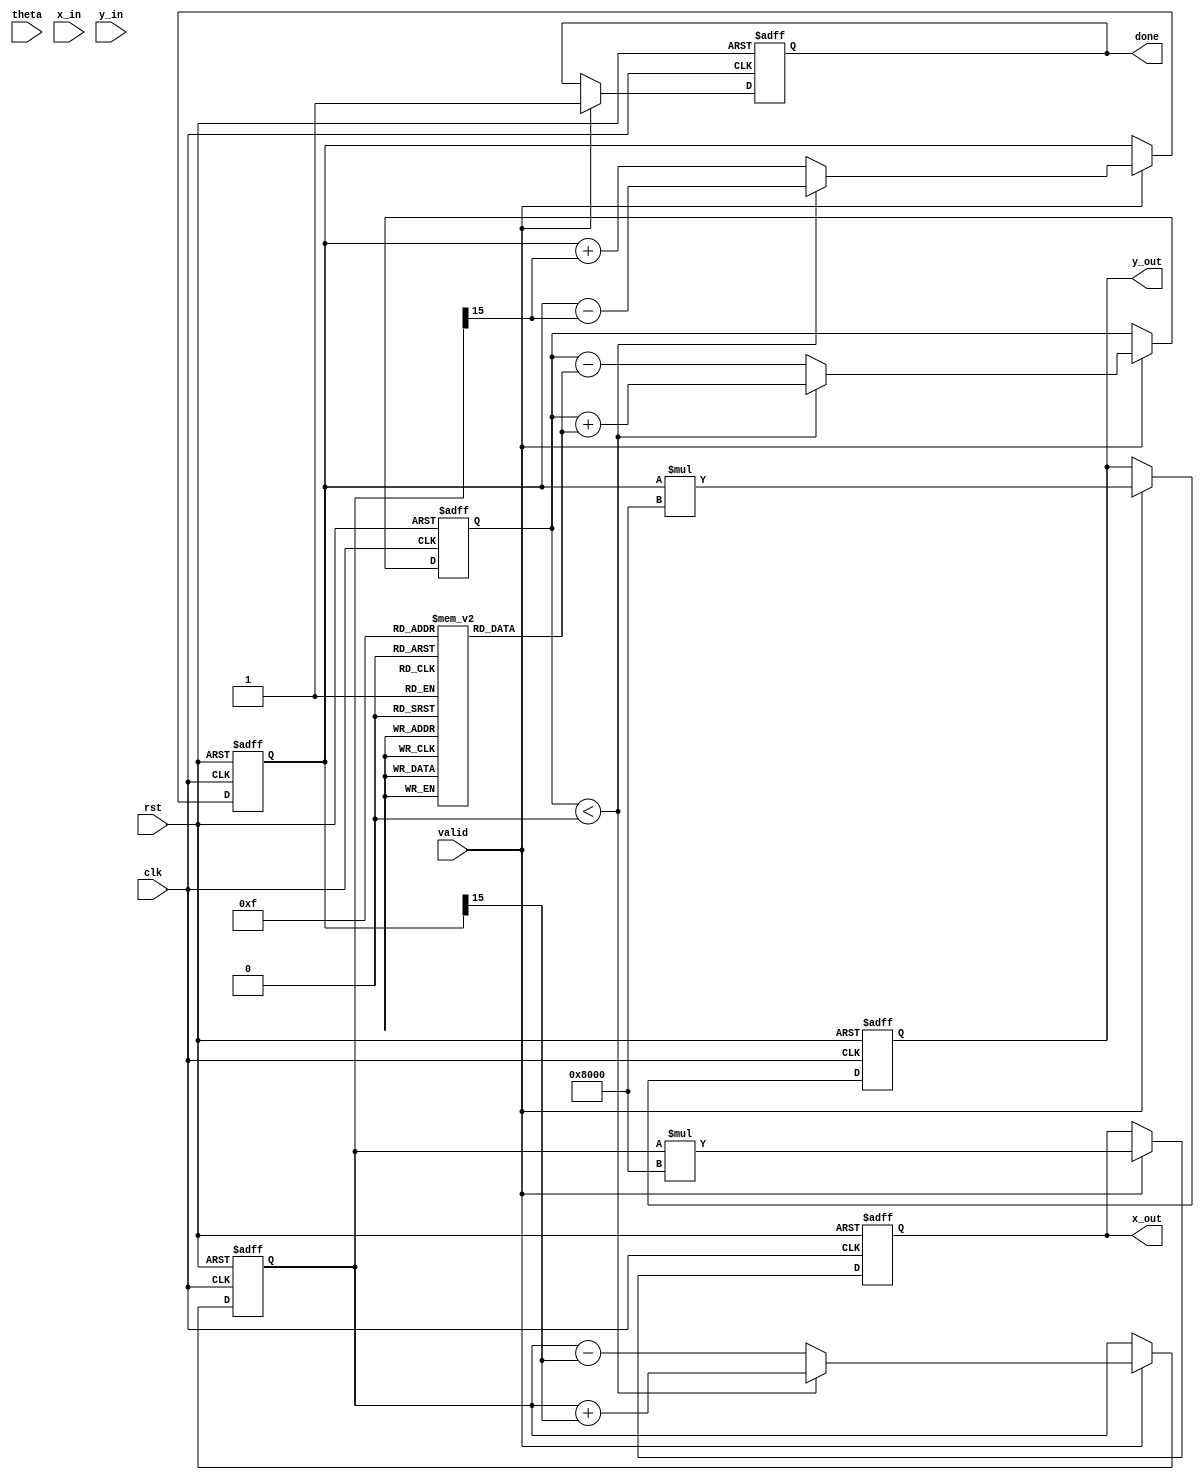
module pipelined_cordic #(
    parameter NUM_STAGES = 16,      // Number of stages in the pipeline
    parameter WIDTH = 16,            // Bit-width for fixed-point representation
    parameter ANGLE_WIDTH = 16,      // Bit-width for angle representation
    parameter SCALING_FACTOR = 16'd1 << (NUM_STAGES - 1) // Scaling factor for final output
)(
    input clk,
    input rst,
    input valid,
    input [ANGLE_WIDTH-1:0] theta,   // Input angle
    input [WIDTH-1:0] x_in,           // Initial X vector
    input [WIDTH-1:0] y_in,           // Initial Y vector
    output reg [WIDTH-1:0] x_out,     // Rotated X vector
    output reg [WIDTH-1:0] y_out,     // Rotated Y vector
    output reg done                   // Indicate completion
);

// CORDIC rotation angles (arctan(2^-i) in fixed-point)
reg [ANGLE_WIDTH-1:0] angles [0:NUM_STAGES-1];
initial begin
    angles[0] = 16'h26B2;  // Approximation of arctan(1)
    angles[1] = 16'h1DAC;  // Approximation of arctan(1/2)
    angles[2] = 16'h0FAD;  // Approximation of arctan(1/4)
    // Fill out the rest based on arctan(2^-i)...
end

reg [ANGLE_WIDTH-1:0] theta_reg [0:NUM_STAGES-1];
reg [WIDTH-1:0] x_reg [0:NUM_STAGES-1];
reg [WIDTH-1:0] y_reg [0:NUM_STAGES-1];

// Control logic for pipeline
integer i;

always @(posedge clk or posedge rst) begin
    if (rst) begin
        done <= 0;
        x_out <= 0;
        y_out <= 0;
        for (i = 0; i < NUM_STAGES; i = i + 1) begin
            theta_reg[i] <= 0;
            x_reg[i] <= 0;
            y_reg[i] <= 0;
        end
    end 
    else if (valid) begin
        // Shift registers for pipeline stages
        theta_reg[0] <= theta;
        x_reg[0] <= x_in;
        y_reg[0] <= y_in;

        for (i = 1; i < NUM_STAGES; i = i + 1) begin
            theta_reg[i] <= theta_reg[i-1];
            x_reg[i] <= x_reg[i-1];
            y_reg[i] <= y_reg[i-1];
        end

        // CORDIC algorithm calculations
        for (i = 0; i < NUM_STAGES; i = i + 1) begin
            if (theta_reg[i] < 0) begin
                // Rotate counter-clockwise
                x_reg[i] <= x_reg[i] + (y_reg[i] >> i);
                y_reg[i] <= y_reg[i] - (x_reg[i] >> i);
                theta_reg[i] <= theta_reg[i] + angles[i];
            end else begin
                // Rotate clockwise
                x_reg[i] <= x_reg[i] - (y_reg[i] >> i);
                y_reg[i] <= y_reg[i] + (x_reg[i] >> i);
                theta_reg[i] <= theta_reg[i] - angles[i];
            end
        end

        // Final outputs after last stage
        x_out <= x_reg[NUM_STAGES-1] * SCALING_FACTOR; // Apply scaling
        y_out <= y_reg[NUM_STAGES-1] * SCALING_FACTOR; // Apply scaling
        done <= 1; // Indicate completion
    end
end
endmodule